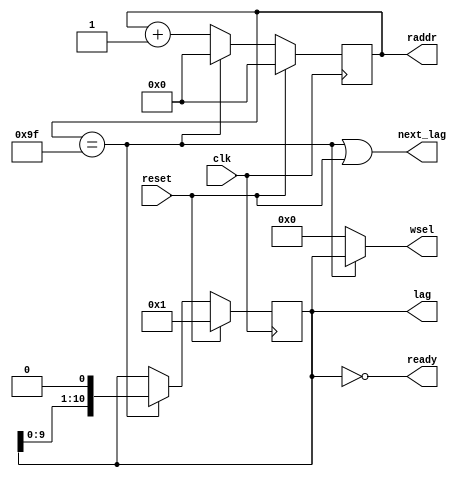
module autocorrelation_control (
        input   wire clk, reset,
        output  wire ready,
        output  wire next_lag,
        output  wire [7:0] raddr,
        output  wire [10:0] lag,
        output  wire [10:0] wsel
    );

    // reg delay_11;
	reg [7:0] counter_160;
    reg [10:0] counter_11;

	always @ (posedge clk) begin
        if (reset) begin
            counter_160 <= 0;
            counter_11 <= 11'b1;
        end
        else if (counter_160 == 159) begin
            counter_160 <= 0;
            counter_11 <= {counter_11[9:0], 1'b0};
        end
        else
            counter_160 <= counter_160 + 1'd1;
	end

    assign next_lag = (counter_160 == 159) || reset;
    assign raddr = counter_160;
    assign lag = counter_11;
    assign wsel = (counter_160 == 159) ? counter_11 : 1'b0;
    assign ready = counter_11 == 0;

endmodule